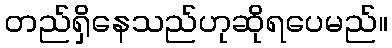
တည်ရှိနေသည်ဟုဆိုရပေမည်။